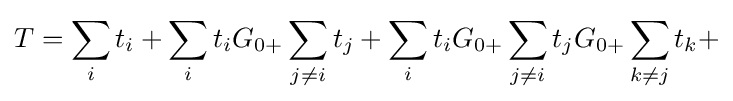
T=\sum \limits _{i}{t_{i}}+\sum \limits _{i}{t_{i}}{G_{0+}}\sum \limits _{j\neq i}{t_{j}}+\sum \limits _{i}{t_{i}}{G_{0+}}\sum \limits _{j\neq i}{{t_{j}}{G_{0+}}\sum \limits _{k\neq j}{t_{k}}+}